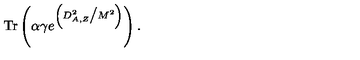
\mathrm { T r } \left( \alpha \gamma e ^ { \left( D _ { A , Z } ^ { 2 } \big / M ^ { 2 } \right) } \right) .